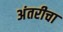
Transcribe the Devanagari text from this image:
अंतरीचा